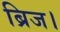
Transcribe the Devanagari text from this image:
ब्रिज।